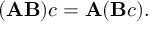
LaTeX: ( \mathbf { A } \mathbf { B } ) c = \mathbf { A } ( \mathbf { B } c ) .